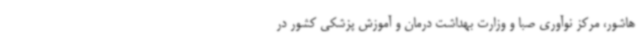
هاشور، مرکز نوآوری صبا و وزارت بهداشت درمان و آموزش پزشکی کشور در